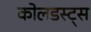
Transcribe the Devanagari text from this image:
कोलडस्ट्स